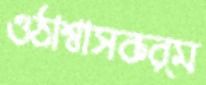
ওঠাশ্বাসকর্ম